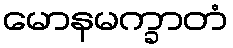
မောနမက္ခာတံ